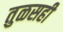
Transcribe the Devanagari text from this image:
तुळसही